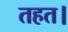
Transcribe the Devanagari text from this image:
तहत।